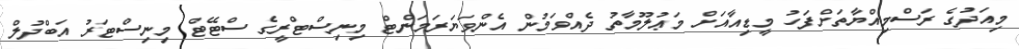
މިއަދުގެ ރަސްމިއްޔާތަށްފަހު މީޑިއާއަށް މަޢުލޫމާތު ދެއްވަމުން އެންވަޔަރަމަންޓް މިނިސްޓްރީގެ ސްޓޭޓް މިނިސްޓަރު އަބްދުލް